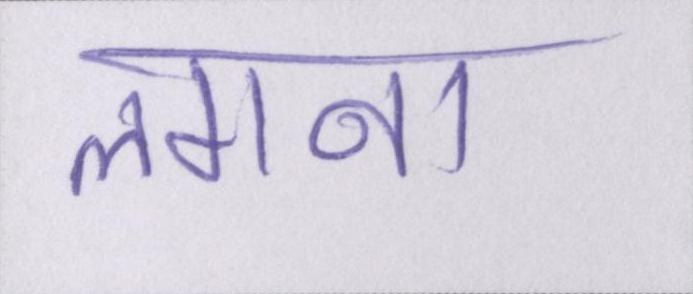
लगना